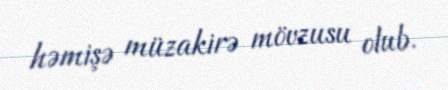
həmişə müzakirə mövzusu olub.